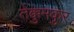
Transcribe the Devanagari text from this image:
तेक्कुमकुर